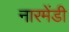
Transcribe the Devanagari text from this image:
नारमेंडी